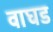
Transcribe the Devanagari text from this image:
वाघड